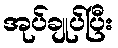
အုပ်ချုပ်ပြီး